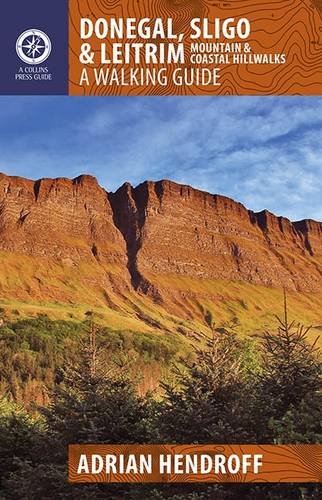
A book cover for Donegal, Sligo & Leitrim: Mountain & Coastal Hillwalks; Adrian Hendroff; Travel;